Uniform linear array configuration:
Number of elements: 32
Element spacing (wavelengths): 1
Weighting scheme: hann
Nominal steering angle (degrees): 0
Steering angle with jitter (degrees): -0.9571
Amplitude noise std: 0.05
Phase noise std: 0.05

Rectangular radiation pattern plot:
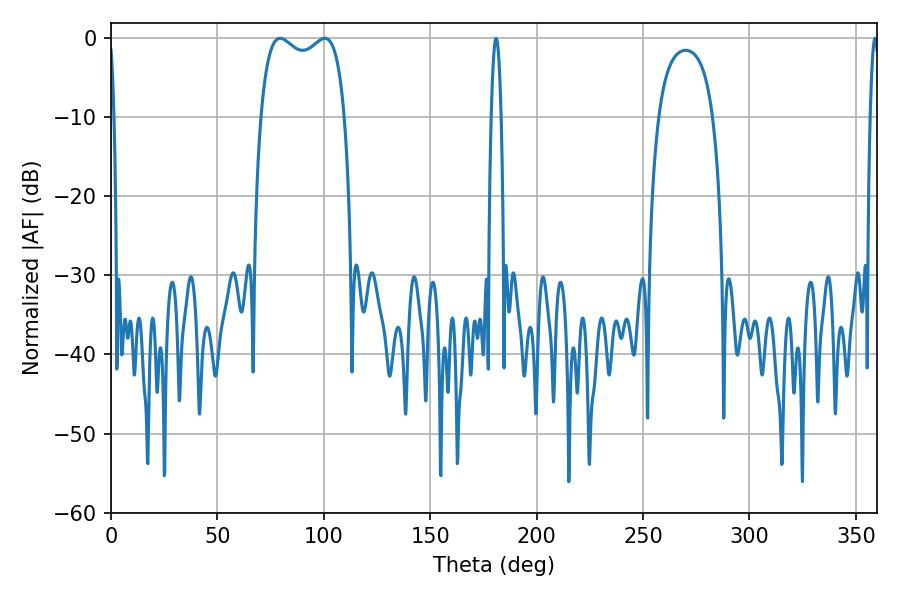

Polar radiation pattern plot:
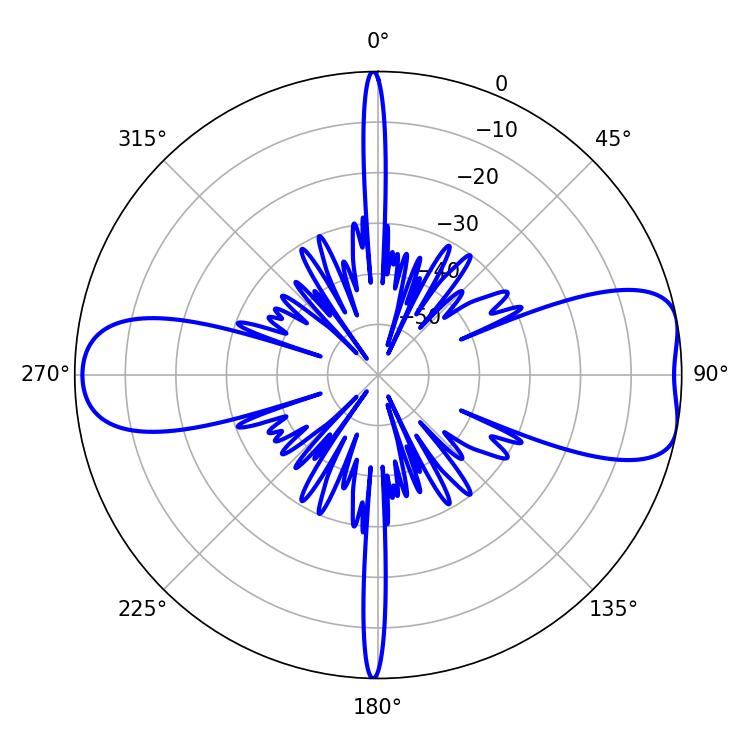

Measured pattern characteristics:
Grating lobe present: TRUE
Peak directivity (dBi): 8.418
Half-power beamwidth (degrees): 32.4
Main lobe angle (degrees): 79.56